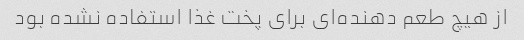
از هیچ طعم دهنده‌ای برای پخت غذا استفاده نشده بود